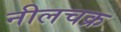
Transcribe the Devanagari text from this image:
नीलचक्र